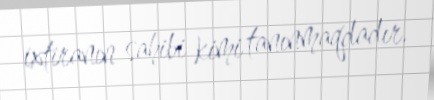
ixtiranın sahibi kimi tanınmaqdadır.